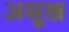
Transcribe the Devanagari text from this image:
असूख